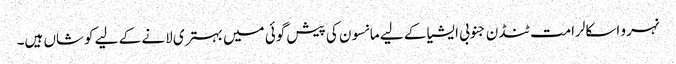
نہرو اسکالرامت ٹنڈن جنوبی ایشیا کے لیے مانسون کی پیش گوئی میں بہتری لانے کے لیے کوشاں ہیں۔